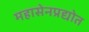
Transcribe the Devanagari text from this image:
महासेनप्रद्योत